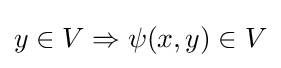
y\in V\Rightarrow \psi (x,y)\in V